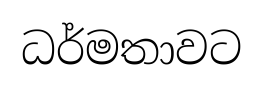
ධර්මතාවට